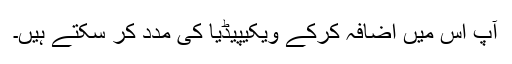
آپ اس میں اضافہ کرکے ویکیپیڈیا کی مدد کر سکتے ہیں۔